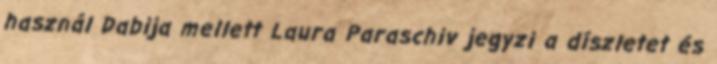
használ Dabija mellett Laura Paraschiv jegyzi a díszletet és